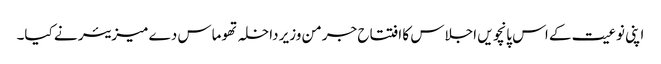
اپنی نوعیت کے اس پانچویں اجلاس کا افتتاح جرمن وزیر داخلہ تھوماس دے میزیئر نے کیا۔